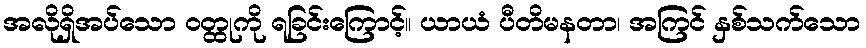
အလိုရှိအပ်သော ဝတ္ထုကို ရခြင်းကြောင့်။ ယာယံ ပီတိမနတာ၊ အကြင် နှစ်သက်သော